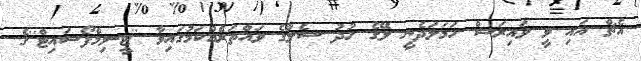
އެޗް އައި ވީ ވައިރަސް ހަމަލަދެނީ ލޭގެ ހުދު ސެލްގެ ވައްތަރެއްކަމުގައިވާ ''ޓީ-ލިމްފޯސައިޓް''ގެ